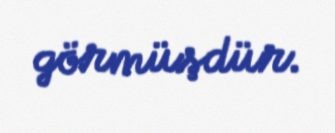
görmüşdür.